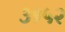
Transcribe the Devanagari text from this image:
३१५२